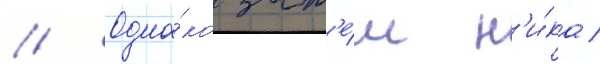
// Одна́ко зат'е́м н'и́ка